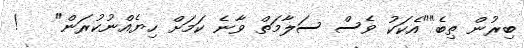
ބިރުން ތިބެ""އެކަކު ވެސް ސަލާމަތް ވާނެ ކަމަށް ހިޔެއްނުކުރަން"   !